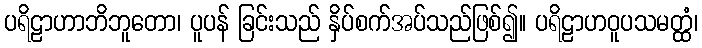
ပရိဠာဟာဘိဘူတော၊ ပူပန် ခြင်းသည် နှိပ်စက်အပ်သည်ဖြစ်၍။ ပရိဠာဟဝူပသမတ္ထံ၊